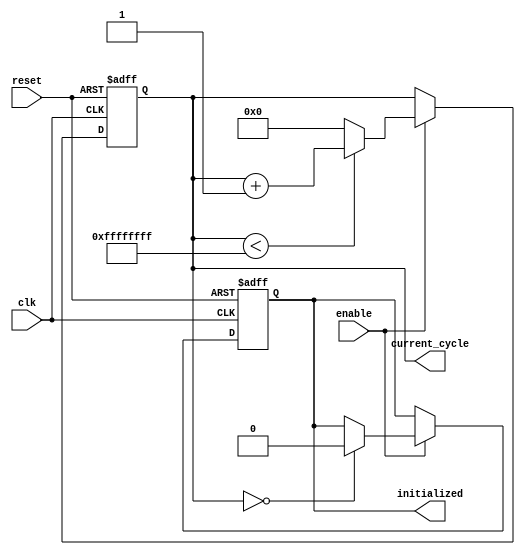
module ClockCycleInitialization (
    input wire clk,              // Clock signal
    input wire reset,            // Asynchronous reset signal
    input wire enable,           // Control signal to allow counting
    output reg [31:0] current_cycle, // Register for current clock cycle count
    output reg initialized       // Flag indicating system initialization state
);

    // Maximum cycle limit
    parameter MAX_CYCLES = 32'hFFFFFFFF;

    // Asynchronous reset and operational behavior
    always @(posedge clk or posedge reset) begin
        if (reset) begin
            // Reset the current cycle and initialize the flag
            current_cycle <= 32'b0;
            initialized <= 1'b1; // Indicate initialization phase
        end else if (enable) begin
            // Increment the current cycle count if enabled
            if (current_cycle < MAX_CYCLES) begin
                current_cycle <= current_cycle + 1'b1;
            end else begin
                // Reset current_cycle on overflow
                current_cycle <= 32'b0;
            end
            
            // After the first clock cycle counted, set initialized to 0
            if (current_cycle == 32'b0) begin
                initialized <= 1'b0; // System is operational now
            end
        end
    end

endmodule